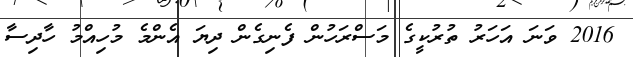
2016 ވަނަ އަހަރު ތުރުކީގެ މަސްރަހުން ފެނިގެން ދިޔަ އެންމެ މުހިއްމު ހާދިސާ